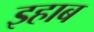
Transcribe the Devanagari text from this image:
इहाब